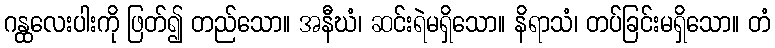
ဂန္ထလေးပါးကို ဖြတ်၍ တည်သော။ အနီဃံ၊ ဆင်းရဲမရှိသော။ နိရာသံ၊ တပ်ခြင်းမရှိသော။ တံ